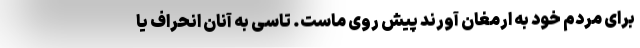
برای مردم خود به ارمغان آورند پیش روی ماست. تاسی به آنان انحراف یا